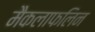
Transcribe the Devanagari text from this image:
मैकलाफलिन